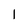
Character: l